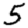
Digit: 5